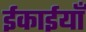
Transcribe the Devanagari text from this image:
ईकाईयाँ